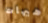
هيهات